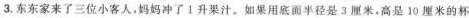
3.东东家来了三位小客人，妈妈冲了1升果汁。如果用底面半径是3厘米。高是10厘米的杯